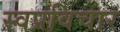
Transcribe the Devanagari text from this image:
स्वप्रविचार